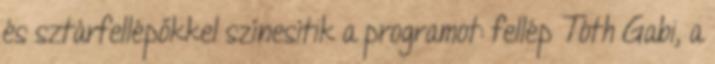
és sztárfellépőkkel színesítik a programot: fellép Tóth Gabi, a